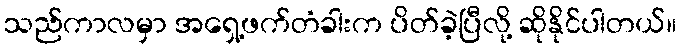
သည်ကာလမှာ အရှေ့ဖက်တံခါးက ပိတ်ခဲ့ပြီလို့ ဆိုနိုင်ပါတယ်။